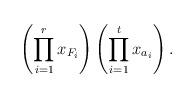
LaTeX: \begin{align*} \left( \prod_{i = 1}^r x_{F_i} \right) \left( \prod_{i = 1}^t x_{a_i} \right). \end{align*}